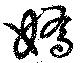
嬌